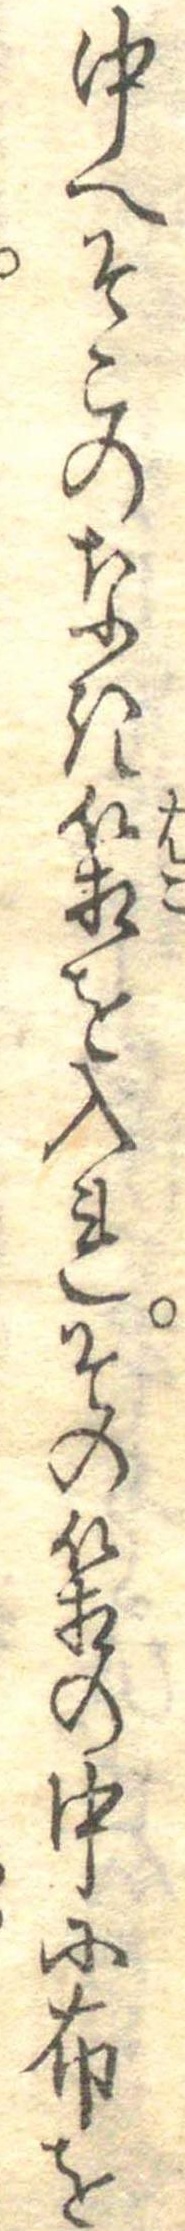
中へそこのなき箱を入れその箱の中に布を